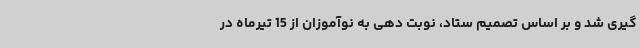
گیری شد و بر اساس تصمیم ستاد، نوبت دهی به نوآموزان از 15 تیرماه در